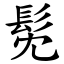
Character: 髧